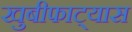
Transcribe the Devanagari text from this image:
खुबीफाट्यास